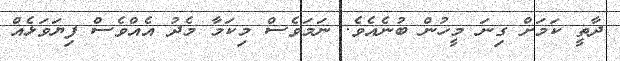
ދާތީ ކަމަށް ގިނަ މީހުން ބުނެއެވެ. ނަމަވެސް މިކަމާ މެދު އެއްވެސް ފިޔަވަޅެއް